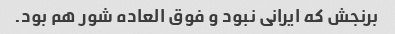
برنجش که ایرانی نبود و فوق العاده شور هم بود.